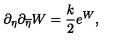
\partial _ { \eta } \partial _ { \overline { { \eta } } } W = { \frac { k } { 2 } } e ^ { W } ,